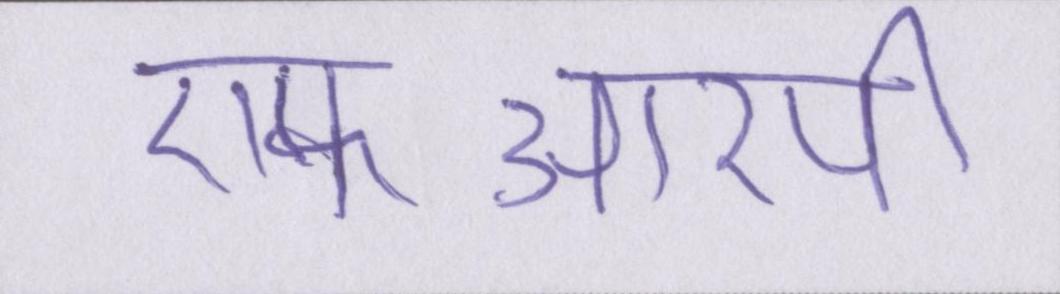
एफआरपी